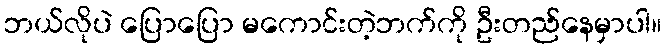
ဘယ်လိုပဲ ပြောပြော မကောင်းတဲ့ဘက်ကို ဦးတည်နေမှာပါ။